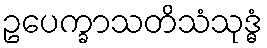
ဥပေက္ခာသတိသံသုဒ္ဓံ